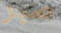
صبر